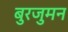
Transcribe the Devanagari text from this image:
बुरजुमन